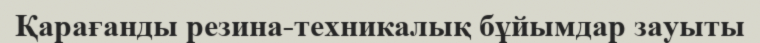
Қарағанды резина-техникалық бұйымдар зауыты